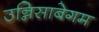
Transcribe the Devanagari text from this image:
उन्निसाबेगम